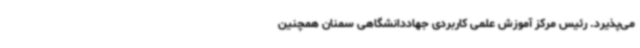
می‌پذیرد. رئیس مرکز آموزش علمی کاربردی جهاددانشگاهی سمنان همچنین